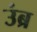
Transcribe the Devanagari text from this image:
उंब्र